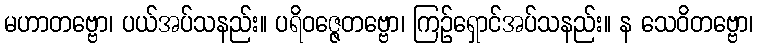
မဟာတဗ္ဗော၊ ပယ်အပ်သနည်း။ ပရိဝဇ္ဇေတဗ္ဗော၊ ကြဉ်ရှောင်အပ်သနည်း။ န သေဝိတဗ္ဗော၊